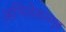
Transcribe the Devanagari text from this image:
अभिलेखसमूह